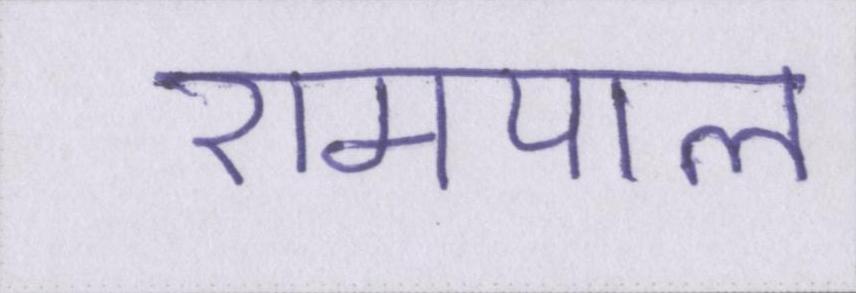
रामपाल